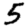
Digit: 5